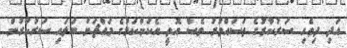
އަދި ދިވެހި ސަރުކާރުގެ ތަސައްވުރު ވެސް އޮތީ އެކަންކަމުގެ މައްޗަށް ބަލައި ސަރުކާރުން